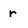
Character: r